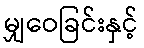
မျှဝေခြင်းနှင့်